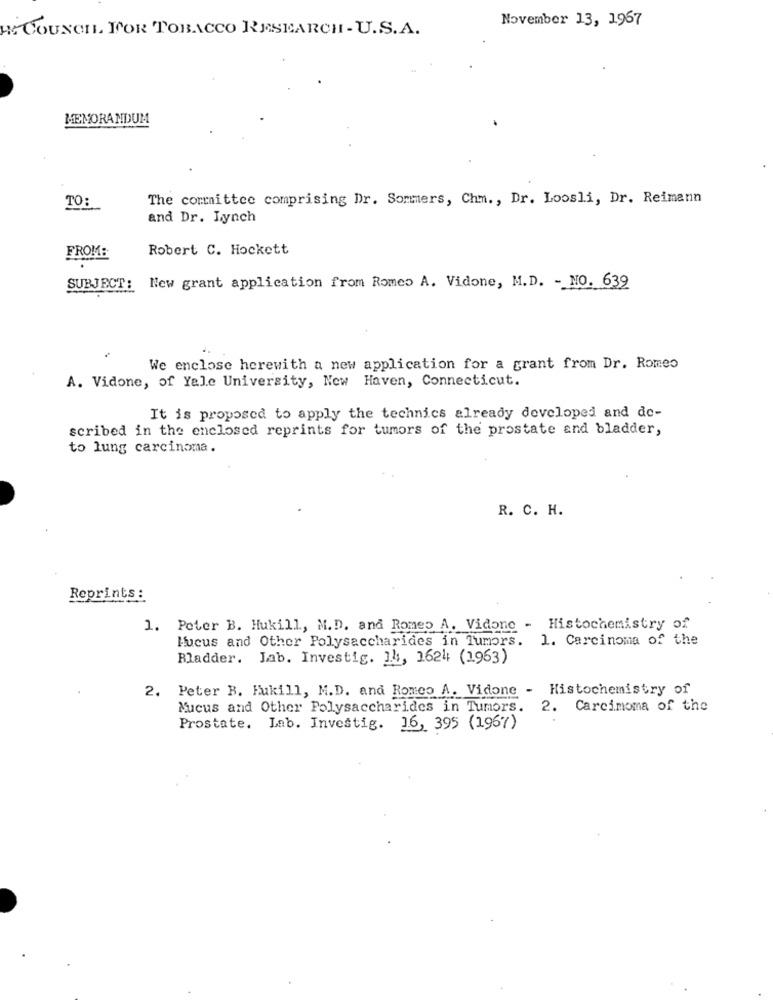
November 13, 1967
M COUNCIL FOR TOBACCO RESEARCH - U.S.A.
MEMORANDUM
TO:
The committee comprising Dr. Sommers, Chm ., Dr. Loosli, Dr. Reimann
and Dr. Lynch
Robert C. Hockett
FROM:
SUBJECT: New grant application from Romeo A. Vidone, M.D. - NO. 639
We enclose herewith a new application for a grant from Dr. Romeo
A. Vidone, of Yale University, New Haven, Connecticut.
It is proposed to apply the technics already developed and de-
scribed in the enclosed reprints for tumors of the prostate and bladder,
to lung carcinoma.
R. C. H.
Reprints:
1. Peter B. Hukill, M.D. and Romeo A. Vidone - Histochemistry of
Hucus and Other Polysaccharides in Tumors. 1. Carcinoma of the
Bladder. Lab. Investig. 14, 1624 (1963)
2. Peter B. Fukill, M.D. and Romeo A. Vidone - Histochemistry of
Mucus and Other Polysaccharides in Tumors. 2. Carcinoma of the
Prostate. Lab. Investig. 16, 395 (1967)